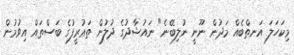
މިކަހަލަ އަނތްބެއް މަދުން ނޫނީ ނުލިބޭނެ" ނައުޝާދުގެ ދުލުން ތަޢުރީފުގެ ބަސްތައް އިވުމުން